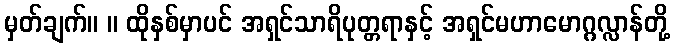
မှတ်ချက်။ ။ ထိုနှစ်မှာပင် အရှင်သာရိပုတ္တရာနှင့် အရှင်မဟာမောဂ္ဂလ္လာန်တို့